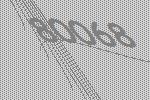
80068